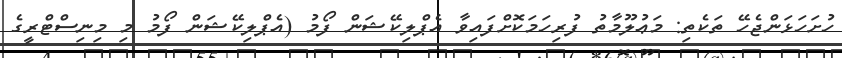
ހުށަހަޅަންޖެހޭ ތަކެތި: މަޢުލޫމާތު ފުރިހަމަކޮށްފައިވާ އެޕްލިކޭޝަން ފޯމު (އެޕްލިކޭޝަން ފޯމު މި މިނިސްޓްރީގެ